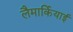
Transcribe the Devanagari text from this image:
लैमार्कियाई